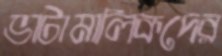
ভাটামালিকদের